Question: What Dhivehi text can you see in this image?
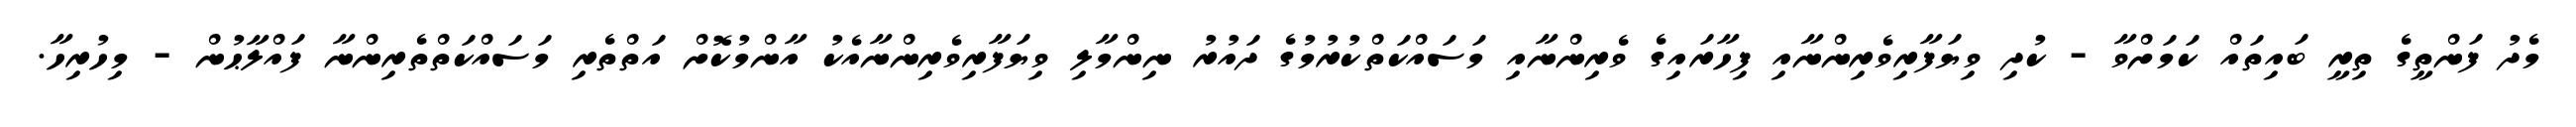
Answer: މެދު ފަންތީގެ ތިރީ ބައިތައް ކަމަށްވާ - ކުދި ވިޔަފާރިވެރިންނާއި ފިހާރައިގެ ވެރިންނާއި މަސައްކަތްކުރުމުގެ ދައުރު ނިންމާލި ވިޔަފާރިވެރިންނާއެކު އާންމުކޮށް އަތްތެރި މަސައްކަތްތެރިންނާ ފައްލާޙުން - މިހުރިހާ.